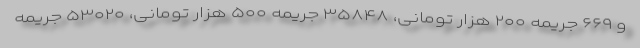
و ۶۶۹ جریمه ۲۰۰ هزار تومانی، ۳۵۸۴۸ جریمه ۵۰۰ هزار تومانی، ۵۳۰۲۰ جریمه